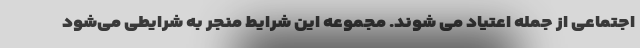
اجتماعی از جمله اعتیاد می شوند. مجموعه این شرایط منجر به شرایطی می‌شود